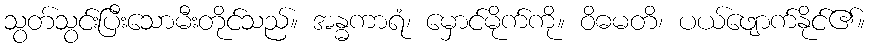
သွတ်သွင်းပြီးသောမီးတိုင်သည်။ အန္ဓကာရံ၊ မှောင်မိုက်ကို။ ဝိဓမတိ၊ ပယ်ဖျောက်နိုင်၏။